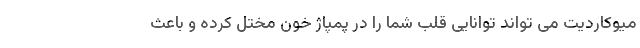
میوکاردیت می تواند توانایی قلب شما را در پمپاژ خون مختل کرده و باعث